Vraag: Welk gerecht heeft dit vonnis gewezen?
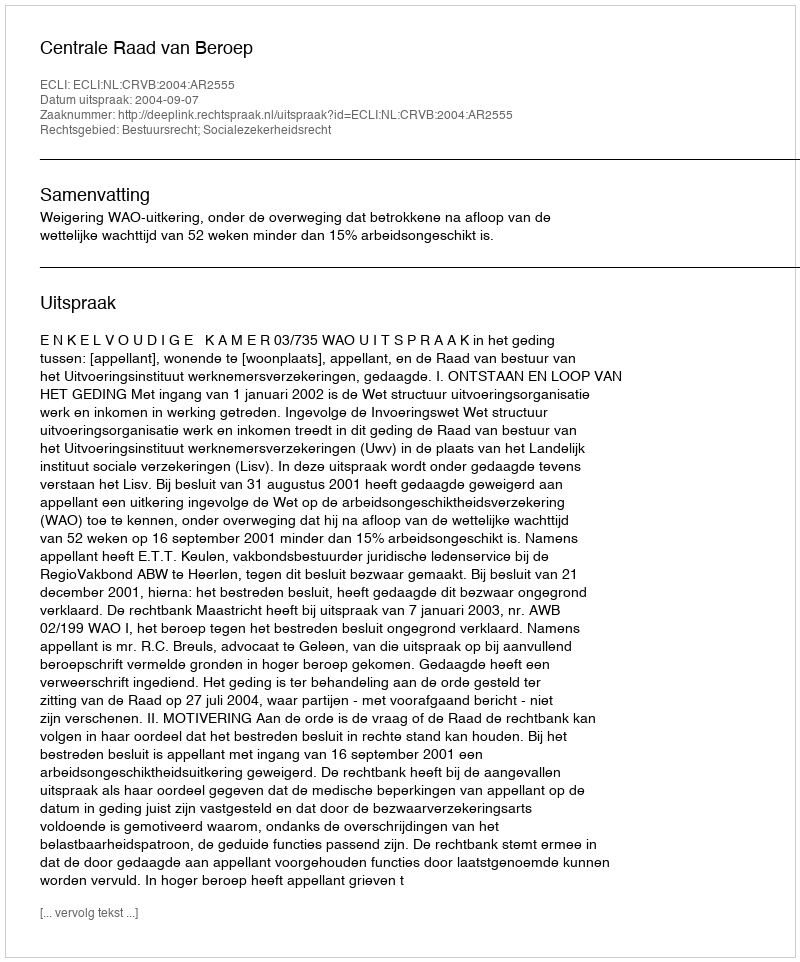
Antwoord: Centrale Raad van Beroep